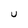
Character: U